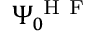
\Psi _ { 0 } ^ { \mathrm { ~ H ~ F ~ } }